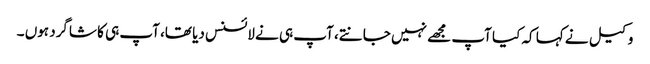
وکیل نے کہا کہ کیا آپ مجھے نہیں جانتے، آپ ہی نے لائسنس دیا تھا، آپ ہی کا شاگرد ہوں ۔